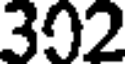
302